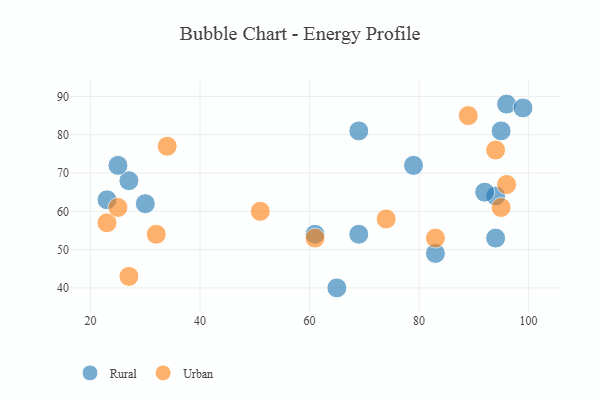
{"axis": {"x": "GDP", "y": "Life Expectancy"}, "legend": ["Rural", "Urban"], "data": [{"x": "83", "y": 49, "type": "Rural"}, {"x": "69", "y": 81, "type": "Rural"}, {"x": "94", "y": 53, "type": "Rural"}, {"x": "96", "y": 88, "type": "Rural"}, {"x": "95", "y": 81, "type": "Rural"}, {"x": "61", "y": 54, "type": "Rural"}, {"x": "30", "y": 62, "type": "Rural"}, {"x": "94", "y": 64, "type": "Rural"}, {"x": "92", "y": 65, "type": "Rural"}, {"x": "27", "y": 68, "type": "Rural"}, {"x": "69", "y": 54, "type": "Rural"}, {"x": "99", "y": 87, "type": "Rural"}, {"x": "65", "y": 40, "type": "Rural"}, {"x": "23", "y": 63, "type": "Rural"}, {"x": "79", "y": 72, "type": "Rural"}, {"x": "25", "y": 72, "type": "Rural"}, {"x": "89", "y": 85, "type": "Urban"}, {"x": "61", "y": 53, "type": "Urban"}, {"x": "94", "y": 76, "type": "Urban"}, {"x": "34", "y": 77, "type": "Urban"}, {"x": "23", "y": 57, "type": "Urban"}, {"x": "83", "y": 53, "type": "Urban"}, {"x": "25", "y": 61, "type": "Urban"}, {"x": "32", "y": 54, "type": "Urban"}, {"x": "27", "y": 43, "type": "Urban"}, {"x": "74", "y": 58, "type": "Urban"}, {"x": "96", "y": 67, "type": "Urban"}, {"x": "51", "y": 60, "type": "Urban"}, {"x": "95", "y": 61, "type": "Urban"}]}